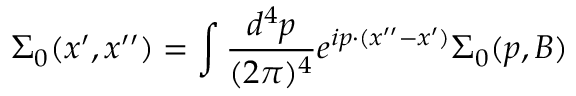
\Sigma _ { 0 } ( x ^ { \prime } , x ^ { \prime \prime } ) = \int { \frac { d ^ { 4 } p } { ( 2 \pi ) ^ { 4 } } } e ^ { i p \cdot ( x ^ { \prime \prime } - x ^ { \prime } ) } \Sigma _ { 0 } ( p , B )